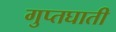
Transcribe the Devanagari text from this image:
गुप्तघाती